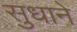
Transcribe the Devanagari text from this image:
सुधाने